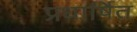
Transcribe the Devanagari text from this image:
प्रधार्षित